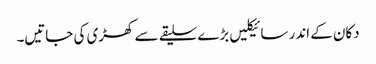
دکان کے اندر سائیکلیں بڑے سلیقے سے کھڑی کی جاتیں۔